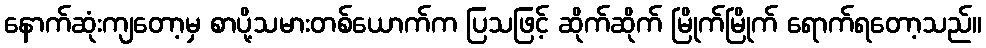
နောက်ဆုံးကျတော့မှ စာပို့သမားတစ်ယောက်က ပြသဖြင့် ဆိုက်ဆိုက် မြိုက်မြိုက် ရောက်ရတော့သည်။